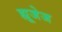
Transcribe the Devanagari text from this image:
ह्यूजेज